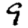
Digit: 9